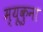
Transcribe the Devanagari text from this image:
म्यूकुना